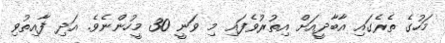
މަހުގެ ތެރެގައި އާބާދީއަށް އިތުރުވެފައި މި ވަނީ 30 މީހުންނެވެ. އަދި ފާއިތުވި